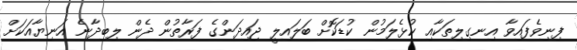
ފިނިވެފައިވާ އިނގިލިތަކާއި ކުޅެލަމުން ކުޑަކޮށް ބަލައިލީ ޖައިދަންގެ ފަރާތުން ދެން ލިބިދާނެ އަނިޔާއަކަށް